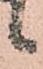
候